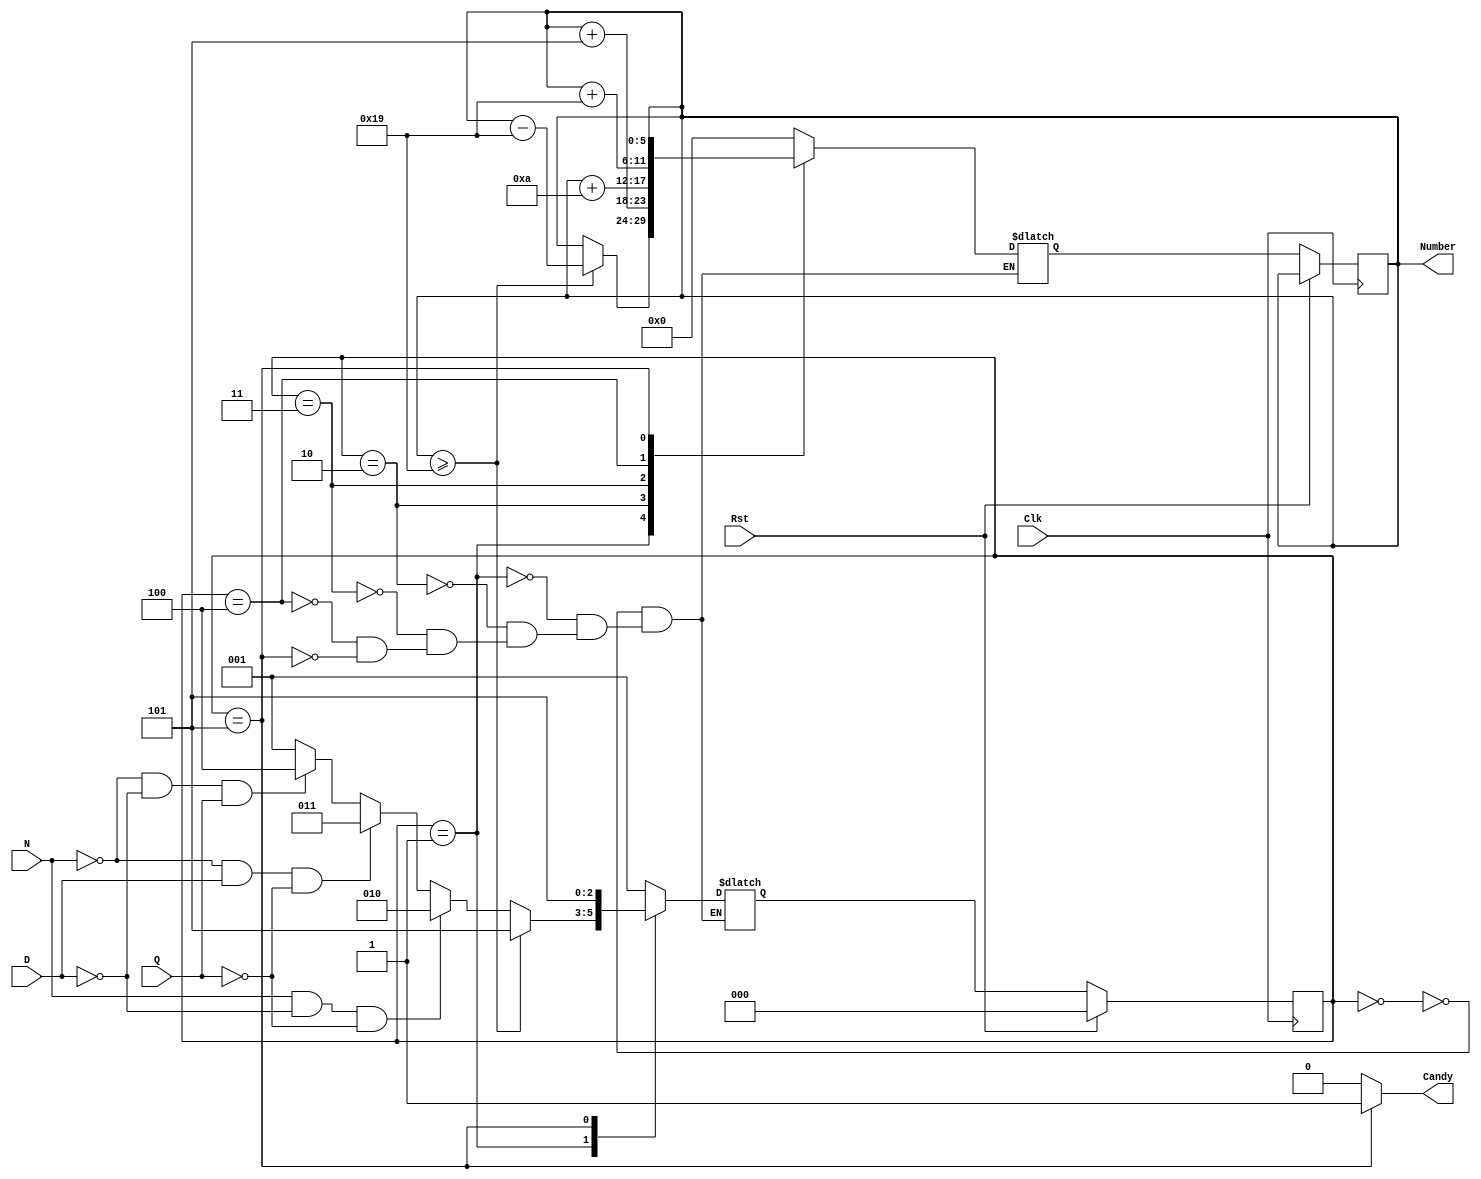
`timescale 1ns / 1ps
//////////////////////////////////////////////////////////////////////////////////
// Company: 
// Engineer: 
// 
// Design Name: 
// Module Name: SimpleVendingMachine
// Project Name: 
// Target Devices: 
// Tool Versions: 
// Description: 
// 
// Dependencies: 
// 
// Revision:
// Revision 0.01 - File Created
// Additional Comments:
// 
//////////////////////////////////////////////////////////////////////////////////


module SimpleVendingMachine(Clk, Rst, N, D, Q, Candy, Number);
    
    input Clk, Rst, N, D, Q;
    output reg Candy;
    output reg[5:0] Number;
    reg[5:0] internalNumber;
    reg[2:0] state, newState;
    
    parameter OFF = 0, WAIT = 1, NICKEL = 2, DIME = 3, QUARTER = 4, VEND = 5;
    parameter COST = 25;
    
    always @(posedge Clk) begin
        if (Rst) begin
            state <= OFF;
        end
        else begin
            state <= newState;
            Number <= internalNumber;
        end
    end
    
    always @(state, N, D, Q) begin
        Candy <= 0;
        case (state)
            OFF: begin
                internalNumber <= 0;
                newState = WAIT;
            end
            WAIT: begin
                internalNumber <= Number;
                if (Number >= COST) begin
                    internalNumber <= Number - COST;
                    newState <= VEND;
                end
                else if (N&~D&~Q) begin
                    newState <= NICKEL;
                end
                else if (~N&D&~Q) begin
                    newState <= DIME;
                end
                else if (~N&~D&Q) begin
                    newState <= QUARTER;
                end
                else begin
                    newState <= WAIT;
                end
            end
            NICKEL: begin
                internalNumber <= Number + 5;
                newState <= WAIT;
            end
            DIME: begin
                internalNumber <= Number + 10;
                newState <= WAIT;
            end
            QUARTER: begin
                internalNumber <= Number + 25;
                newState <= WAIT;
            end
            VEND: begin
                internalNumber <= Number;
                Candy <= 1;
                newState <= VEND;
            end
        endcase
    end
    
endmodule